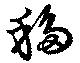
移